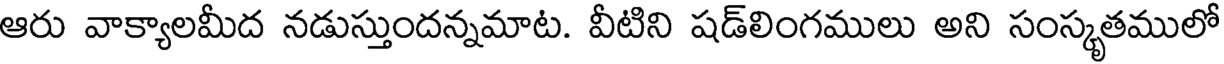
ఆరు వాక్యాలమీద నడుస్తుందన్నమాట. వీటిని షడ్లింగములు అని సంస్కృతములో